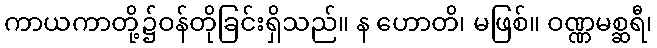
ကာယကာတို့၌ဝန်တိုခြင်းရှိသည်။ န ဟောတိ၊ မဖြစ်။ ဝဏ္ဏမစ္ဆရီ၊